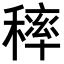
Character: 𥡢